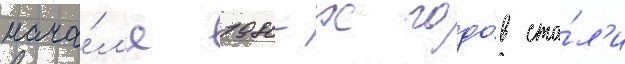
нача́л'е 1980-х годо́в ста́л'и